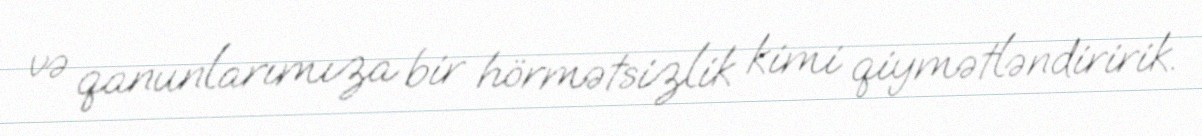
və qanunlarımıza bir hörmətsizlik kimi qiymətləndiririk.